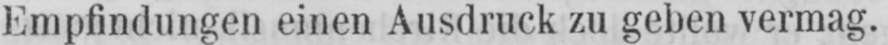
Empfindungen einen Ausdruck zu geben vermag.